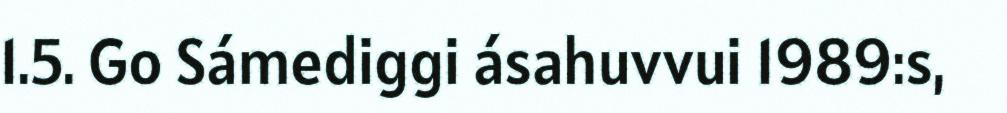
1.5. Go Sámediggi ásahuvvui 1989:s,